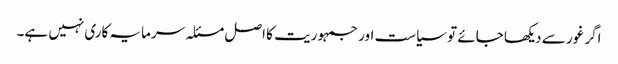
اگر غور سے دیکھا جائے تو سیاست اور جمہوریت کا اصل مسئلہ سرمایہ کاری نہیں ہے۔